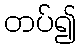
တပ်၍